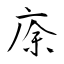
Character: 庩